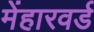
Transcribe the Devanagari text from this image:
मेंहारवर्ड